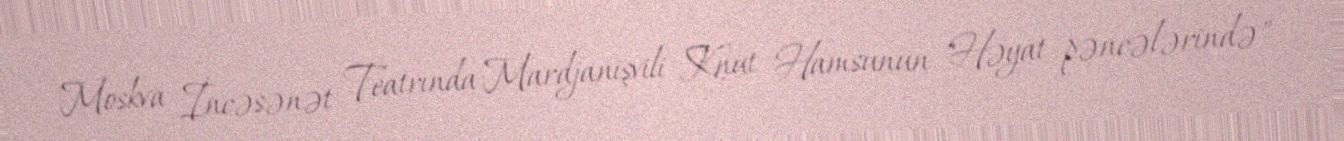
Moskva İncəsənət Teatrında Mardjanişvili Knut Hamsunun "Həyat pəncələrində"